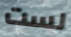
لست